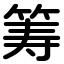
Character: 筹